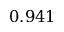
0 . 9 4 1